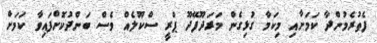
ފެތުރެމުންދާ ކަމަށާއި މިކަމާ ގުޅިގެން މަރަދޫފޭދޫ ޕްރީ ސްކޫލެއް ވެސް ބަންދުކޮށްފައިވާ ކަމަށް